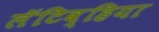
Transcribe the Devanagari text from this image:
लॅटिव्हिया